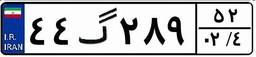
۴۴گ۲۸۹۵۲